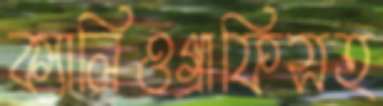
ক্যালিওগ্রাফিসহ